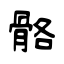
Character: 骼